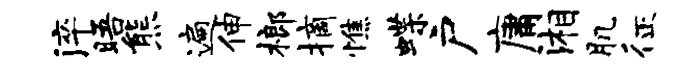
淬晤熊遍伸榔摘憔蝶户庸湘肌征